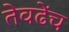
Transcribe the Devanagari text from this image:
तेवढेंच